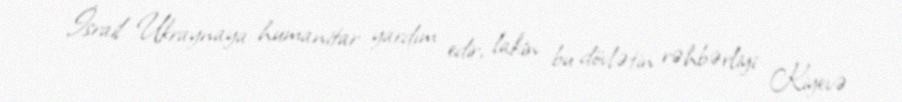
İsrail Ukraynaya humanitar yardım edir, lakin bu dövlətin rəhbərliyi Kiyevə